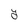
Character: Y